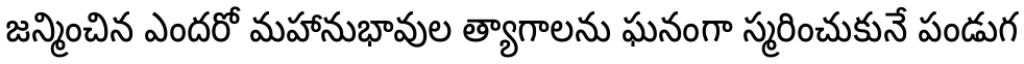
జన్మించిన ఎందరో మహానుభావుల త్యాగాలను ఘనంగా స్మరించుకునే పండుగ